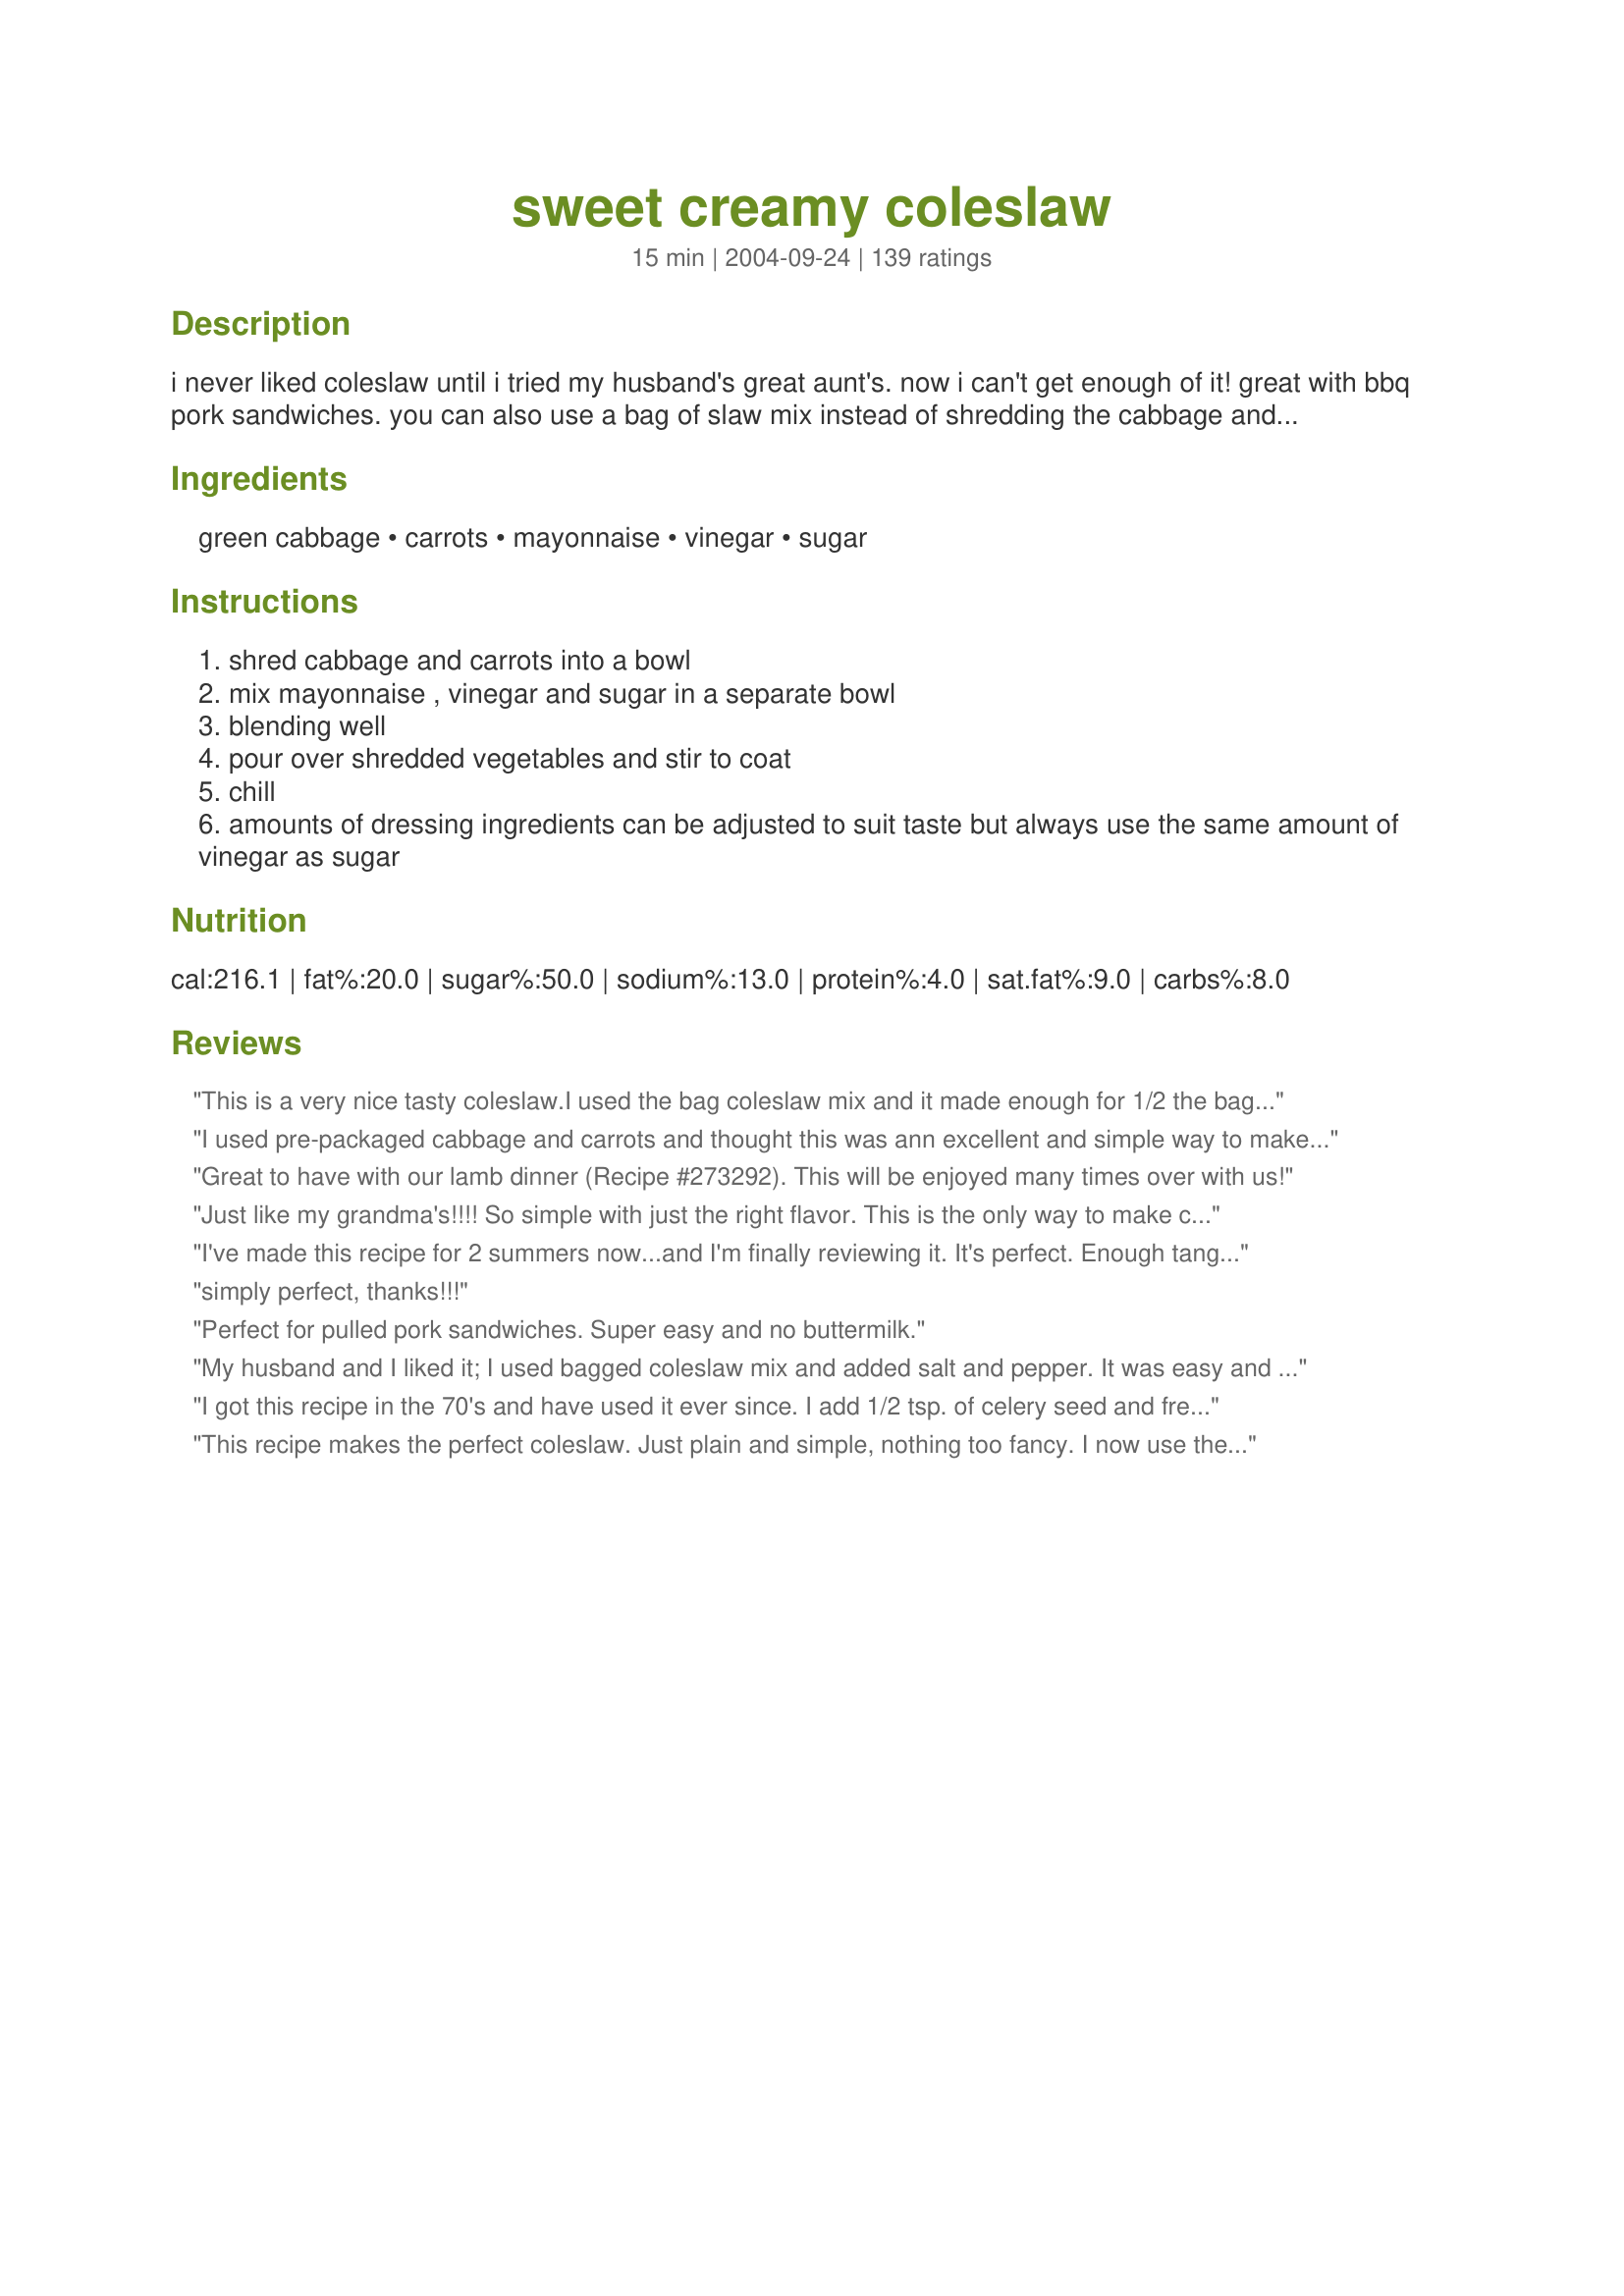
sweet creamy coleslaw
Preparation time: 15 minutes

i never liked coleslaw until i tried my husband's great aunt's. now i can't get enough of it! great with bbq pork sandwiches. you can also use a bag of slaw mix instead of shredding the cabbage and carrots yourself.

Ingredients:
green cabbage, carrots, mayonnaise, vinegar, sugar

Steps:
shred cabbage and carrots into a bowl
mix mayonnaise , vinegar and sugar in a separate bowl
blending well
pour over shredded vegetables and stir to coat
chill
amounts of dressing ingredients can be adjusted to suit taste but always use the same amount of vinegar as sugar

Reviews:
This is a very nice tasty coleslaw.I used the bag coleslaw mix and it made enough for 1/2 the bag,depending on how creamy you want your coleslaw.I also added 1/2 tbsp of lemon juice and a little bit of pepper.Thanks for posting.
I used pre-packaged cabbage and carrots and thought this was ann excellent and simple way to make a tasty coleslaw - will make again! I added some finely minced white onions to the dish as did another reviewer. Yum.
Great to have with our lamb dinner (Recipe #273292). This will be enjoyed many times over with us!
Just like my grandma's!!!! So simple with just the right flavor. This is the only way to make coleslaw!
I've made this recipe for 2 summers now...and I'm finally reviewing it. It's perfect. Enough tang, and not too sweet. Our family gobbles it up. I used 2 heads of cabbage (one green and one red) and no carrots, and it's the perfect blend for our family. Of course, we double the dressing amount. It will be a hit again today at the pot luck we're making it for. Thank you for sharing.
simply perfect, thanks!!!
Perfect for pulled pork sandwiches. Super easy and no buttermilk.
My husband and I liked it; I used bagged coleslaw mix and added salt and pepper. It was easy and will make it again.
I got this recipe in the 70's and have used it ever since. I add 1/2 tsp. of celery seed and fresh ground pepper. Best slaw ever.
This recipe makes the perfect coleslaw. Just plain and simple, nothing too fancy. I now use the dressing for my broccoli salad. It is true, just make sure and keep the sugar and vinegar equal.
Yummy creamy coleslaw. Was perfect with our coneys as a side item and topper for the coneys (for some). I just used the premix slaw mix (was on the lazy side today). Only variance to the recipe was that I added a bit of celery seeds to the dressing. I'll make this quick & easy slaw again! Thanks for sharing!
I love this recipe. Only thing I added was a sprinkle of celery seed. It's so simple but tastes soooo good !!!
This recipe is simple, but perfect. Yes, I will play with it later and add things to it. As it stands it is exactly as I think plain coleslaw should be.

Thank you!
Killer Coleslaw!! Thanks.
Simple recipe with so much flavor. This slaw will go with just about any dish you put beside it! Flavors are great and it was awesome says the whole family!j Thanks!
I made this with half green and half red cabbage. It was delicious!! It turned a lovely shade of pink as it sat marinating in the frig.
I make cole slaw three to four times a week. This Sweet, Creamy Cole Slaw recipe is far superior to cole slaw made with the top brand name slaw dressing I have used for over 30 years. I will never make cole slaw with bottled slaw dressing again. This recipe not only makes the best tasting cole slaw we have ever had, but is very simple to put together. Just perfect! Thanks Marg!
WOW! This is exactly what I remember my Grandmother's cole slaw tasting like. The only thing I did different was to use Spelnda to replace the sugar ( no sugar in the house.) I had ample slaw so I took some to work to share and all " just had to have the recipe." Thanks for sharing this wonderful simple recipe Marg !!
Simple slaw to throw together with really great flavor... I was tempted to add in more vinegar, but refrained until I had tasted the slaw after it had chilled for a few hours. I am glad I waited. It was PERFECT! We topped off some pulled chicken sandwiches with this delicious slaw and my BF even had some as a side. Thanks for a great recipe!!!
I'm honestly not a big coleslaw person, but I made this recipe for a 4th of July work party, and everyone liked it (including me!). It was very tasty, and I'm making it again today. Thanks for sharing!
Loved it and so did my guests. I can't get over how easy it was. I bought a bag of preshredded cabbage and carrots. This took me less than five minutes to make.
This was so easy to make and really really good. My super picky husband who compares everything I cook to mom-in-law's cooking, actually loved it! Thanks for posting!
Thanks, Marg! My DH is a coleslaw connoisseur and this is his favorite slaw recipe. I use half of the wet ingredients for a 16 oz. bag of mix or 1 cabbage head but the hand shredded is definitely better for taste and texture.
This is absolutely delicious! It really compliments your pulled pork recipe. I used the bagged slaw and 3/4 cup of mayo. I could not believe how tasty it was and how easy! I will be making this recipe for cole slaw from now on. Thanks. :)
This was fantastic! So simple and great, fresh taste. Thank you! I wish that I would have found your recipe before the summer season....oh, well....it's now going to be a winter staple!<br/>I added a tablespoon of Honey Dijon.
Nothing could be any easier to prepare nor taste any better. I used half of a bag of Cole Slaw Mix and halved the dressing ingredients and it worked out beautifully. Can't compare it to "the way Big Mama used to make it," because I don't remember Cole Slaw being too much of a staple when I was growing up, but I am certain Big Mama would be pleased to give this five stars, two thumbs up, or whatever. Thanks for a sure-fire way of adding a little zest to informal meals.
I added in some finely chopped fresh broccoli too and it was awesome! This is a keeper at my house!
 let me say my first mistake was,that i only made half. i wished i had made the whole recipe.it was just the right taste i was hoping for.now,i won't have to go to KFC for cole slaw.thank you for posting. — Jul 21, 2005, 1 member found this helpful.UPDATE:i've made this several times since i posted my first review of this back in July 2005 and just gets better each time i make it.to make it quicker i've started to use a bagged cole slaw mix,and i also cut back the mayo to 3/4's of a cup.but otherwise i've kept to the original recipe.thanks again for posting.

So simple and tasty. I used apple cider vinegar and light mayonnaise since that's what I had in the fridge. I also added a dash of salt and a few dashes of celery seeds to add extra flavor for the light mayo. Thanks for posting!!!
I enjoyed this coleslaw recipe. The only thing I added was some sweet pickle relish and a little bit of mustard.I just grew up with my Mom adding those ingredients. Thank you Marg for this recipe.
I had never made fresh coleslaw before and I just can't believe how good it tastes. Plus it is just so easy to make. I have now made it 4 times this month. My son who doesn't like vegetables, loves to eat this coleslaw. This recipe is definitely a keeper. Thank you so much for posting!
Really good, authentic coleslaw flavor. I 'cheated' by using a bag of the coleslaw mix and chopped it (to get that fine-chopped texture). I also added 1 tsp freshly squeezed lemon to the mayo mix. Served on top of pulled pork sandwiches - YUM!
A KEEPER! I have other coleslaw recipes, all of which are more work than this one and not any better tasting. It IS a tad sweet but that's easily remedied with a drop or two more of the vinegar. And it improves with age. What more could one want! Thanks, Marg, for posting.
Sometimes I forget just how good a simple recipe can taste. This was perfect - not slimey, not buried in cream, just a well balanced and tasty 'slaw. Thank you!
This was great and so easy. I used bagged mix and a little less than a cup of mayo (but still used the 2T of sugar and 2T of cider vinegar).
The slaw dressing was very simple to make. My only gripe was that I shredded the cabbage a little too thick... my fault of course. I will be more careful next time!
FINALLY- after 3 tries with cole slaw I find one that we like! This is your average slaw; very basic recipe. But I like it because it's simple and tastes just right! I use soy mayonnaise.
Made this with packaged slaw and fresh grated carrots. This is fabulous!! I used Italian white wine vinegar, splenda blend and miracle whip. This will be my cole slaw recipe from now on.
I have never made coleslaw before...always thought it must be so hard. This is soooooo easy and it is just perfect!!! I used already shredded coleslaw mix and the exact ingrediants you listed. Thanks so much!!!
WOW! I have to say that this was the best coleslaw I have had in ages. I cheated and used store already shredded cabbage. I used half the bag and only used 1Tbs of white vinegar (I don't like vinegar that much)I also added a couple shakes of celery seeds. It was a sweet creamy slaw and one I know I will make again :)
Thanks so much for sharing the recipe!!
Great base with just a few tweaks:
I now use 3/4 c Dukes or Hellmans (Mrs. Filberts west of Mississippi River, I believe) and 1/4 cup canola, safflower, or sunflower oil.

I also add 1-1/2 tsp salt and increase the sugar to 1/4 cup. I also add 2 tsp prepared mustard.

It's now perfect to my family's taste for barbeque or hotdogs/hamburgers (southern style). I also like it as a side with any type of fish.
Okay, now THIS is a good slaw! I usu make slaw with simple O&V, light salt and a generous smattering of toasted sesame seeds. Since I made and LOVE the pulled pork, I thought I'd give this a try -- I was not disappointed! As I grated the carrots, I tossed in a few green onions that were VERY ready to be used. LOVE IT. Don't even want to work on the pulled pork -- I could just tuck into the slaw tonight. Thanks for my new (easy) standard slaw.
Thie recipe makes the perfect batch of cole slaw. My family really enjoyed this one!
i just made my second batch. thank you so much for posting it. Instead of the head of cabbage i used the three color cole slaw mix. i like the larger pieces of cabbage with the carrots. deffinately a keeper
I used an organic green cabbage from our local weekly organic basket, organic red carrots but I did peel them so they were orange, homemade mayonnaise, organic apple cider vinegar,
This is definitely the best coleslaw we ever had. We love it with our fish frys we do. I do use the bag of coleslaw also just to make it easier. It's a keeper!
Easy, tasty, and quick to make. I will add celery salt next time to give it a little more depth.
one word -- AMAZING!
I used coleslaw mix and then used this recipe. I let the slaw sit for about 4 hours so the flavors could mix. We had it along with some fried fish and french fries. It was totally enjoyed by my friends and I, and I will use this recipe from now on because it's awesome!
I really enjoyed this coleslaw recipe, both in taste and in preperation. I did cheat and use a bag of coleslaw mix, with the carrots in. It was very creamy, and took minutes to prepare. Thank you for sharing this recipe.
This is just how we like our coleslaw. I appreciate the tip that the dressing amounts can be adjusted but to keep the ratio of vinegar to sugar at 1:1.
This is great! I've made this 3 times now and it always turns out to be great! I'll keep this simple and tasty recipe handy.
I was wondering if this type of dressing could be used for cole slaw. Now I know. I use this dressing with mustard added for my macaroni salad or for a dip for chicken nuggets.
yumm, yumm, yumm!!! We used the bag of slaw mix instead of shredding the cabbage ourselves, but other than this didn't change a thing. We made this recipe to eat with "My Family's Favorite Sloppy Joes Recipe" #63689. We kept snacking on it before the sloppy joes were even done - it was that good! Thanks for a great recipe we will make often! Update - we have made using a bag of broccoli slaw instead of slaw mix. That was very good as well!
I was also not a coleslaw fan, but was requested to bring one to an early summer BBQ and decided to try making it on my own...I saw your recipe and thought it looked so simple...but WOW the taste is incredible! I have been using apple cider vinegar as I discovered I was out white and didn't want to run to the store,(now I tend to like the tang of that a little more!)- all summer long people have been asking me to bring "my " coleslaw as it is the perfect side dish in the heat! Thanks so much for this recipe!
I really liked this. We had it on pulled pork sandwiches and it was a great compliment. I might like to add a little onion and celery seed. I used half the mayo but kept the vinegar and sugar the same.
As much as this does not need another review...I just have to add my two cents in. This was quite FANTASTIC! I used the bag stuff...mixed together mayo and miracle, seasoned rice vinegar, splenda...and added in 1/2 tsp each of ground mustard and celery seeds. A great base recipe that you can spice to your own taste! I will never buy the bottle again! Thanks!! UPDATE: Made this again last night with parmesan tilapia...added in dill and lemon pepper instead of the previous spices. A winner all the way around!
This was fantastic. I also used a bagged coleslaw mix I just left it as it was. Mixed the dressing exactly as posted. My family loved it!! So easy just my kinda think. Thanks for posting.
I have to agree with all the other reviews, wonderful taste and so very easy to put together. :)
I made this coleslaw with my new food processor! So easy and tastes great!! I will increase vinegar and sugar next time. My family will enjoy this often. Thanks a bunch! :)
Perfection, I made this for hubby to take on work trip. He said the guys thought it was great.thank you....Stephanie
I love that this doesn't have milk or buttermilk. It was so delicious and easy to make. A great way to use cabbage. Highly recommended.
Enough said about this from other posters, but I do agree, it's awesome! I bet raisins/craisins would be a great addition to this too and maybe some pistachios or sunflower seeds
This couldn't get easier, and this is by far my favorite coleslaw ever! The quantity of dressing was perfect for the recipe (I used half head of green and half head of red). I chopped the cabbage instead of shredding it because we prefer it that way. This is the only coleslaw recipe I need.. thanks Marg!
Wonderful! Keep eating it straight from the bowl on its own!
Just wanted to add, I didn't have time to make this the other day so bought some from the store. It was awful! I've learnt my lesson, if I can't make this I'll do without!
I put some orange peppers in my bullet along with the sugar, vinegar &amp; mayo. I LOVE peppers in my coleslaw.
I really enjoyed this coleslaw recipe, both in taste and in preperation. I used a bag of coleslaw mix. It was very creamy, and took minutes to prepare. Thank you for sharing this recipe.
Very good, very basic.
There are other great coleslaw recipes on here, but I just love this one! I have made it several times now and look forward to having it again for Easter. My family will love this as much as I do!
Excellent! I made as directed, very easy. Crisp and tangy. Will definitely make again. Thanks Marg!
Just the right mix of ingredients. It's my default coleslaw recipe.
WOW is that delicious!!!!
I am a slaw lover and could eat it every day.
I to cut back on the dressing to 2/3 cup but kept the vinegar and splenda to 2T each.
Five stars for sure and then some.
I have tried many coleslaw recipes and this is it! My husband even favors this one. I do cut back on the mayo a little and use prepackaged cabbage mix. It makes it so fast and easy. Thanks!
I also use bagged shredded cole slaw mix with this recipe; I
add 3/4 tsp. of celery seed to mine. Great recipe.
I found my favorite baked beans recipe, Recipe #218828, and I have now found my favorite coleslaw recipe too! I have made this several times now and each time I get compliments on it. I have decided to use this recipe when I have catering and competition events as it is the perfect blend of sweetness and tartness!
This is a great, easy recipe. It tastes really good and gets better the next couple of days after it is made (if it lasts that long!). I used light mayo and the bag slaw mix. Even my husband said it was really good - high praises from him. I will make this recipe again and again. It's a keeper.
I have made this a few times already and it is now my turn to recipe for coleslaw! Perfect balance of sweet, tart & creamy!
Wow.....this is just so easy.....and tasts SO WONDERFUL! I used the bagged type of ready made coleslaw from Costco. The only problem is it is shredded too large. So I put it into my food processor and pulsed it a few times to make it a smaller shred. Then added a bit more vinegar....used apple cider vinegar and less mayo. GREAT!!!
Yum!! This is the easiest, best tasting coleslaw I have tried. The other recipes call for so many ingredients and don't even taste as good as this simple recipe. Thank you so much Marg!
Well,cole slaw is one af my very favorite foods and I love making different ones.,but this is soooooo good ,i may never use another coleslaw recipe.A winner and a keeper.Thanks for posting.
A nice easy and simple slaw recipe. I took a previous reviewer's suggestion of adding celery seed. Thanks for sharing Marg!
Easy to make - wonderful flavor - will make again
I made this an hour ago for dinner tonight. I had to give it a test run tho, so just sampled it. This is now my new coleslaw recipe!! I cut down on the vinegar by half & used Splenda & it is just wonderful. Thanks for a great, fast, simple recipe Marg!!
SammiCat
I added a small can of crushed pineapple and served this with my Caribbean meal, delicious! Thanks.
So simple and the flavor is that of your typical coleslaw. There's not too much of this or that. I made it with RZ Recipe: Sloppy Joe Recipe #63689.
I'd bought a bag of coleslaw mix, but hadn't used it yet, so I tried this before it got slimy. I'm glad I did! This is the best coleslaw I've ever made. I love cabbage in any form, but this is easily the best. DH polished off the batch for a midnight snack and has demanded more. Too good and too easy. Who'd have thunk?
When I want a simple coleslaw this is perfect. The flavor is marvelous and using a bag of coleslaw mix couldn't make it any easier. I do add salt and pepper. I do prefer this just after it's made though because the cabbage tends to get soggy as it sits and I like it crunchy. Thanks for this easy keeper go to recipe.
This is very much the same as the one I get raves about..sometimes I get lazy and just buy coleslaw dressing..and I always add a Macintosh apple cut in chunks (peel on)..It is a great summer recipe.
All I can is "WOW" this is one good coleslaw!!! I made it to take to a cookout tomorrow and I'm thinkin it's not going to make it there-I just can't stop eating it. I will never buy the store mix again. This was so easy to make (I used the bagged mix) and the taste is incredible. Thanks for sharing this Marg. Update: Made this for my sister to put on hot Italian Sausages and my whole family loved it. She had everyone eating it-thanks again Marg
This is just like the slaw my mother used to make except I cut the amount of vinegar almost in half and added celery seed. Thanks for posting a recipe I will be using often.
YUM! This was exactly what I was looking for and the name says it all! This was creamy, not runny.. a little sweet but not too sweet, either. Perfect! Will always use this recipe THANKS!
Great flavor. I used a 10 oz. package of cole slaw mix, and it was too much dressing. Next time will halve the recipe.
Super easy and very tasty! I used white wine vinegar and added a bit of celery seed. Next time, I might add some chopped sweet onion also.
You can't buy deli coleslaw again after preparing and eating this! It is too easy and too good, and of course open to interpretation and experimentation. My kids ate it without complaining; one had seconds. The entire bag of premade slaw was gone, just w/2 adults and 4 small kids!
I made this today to go with Marinated steak and baked potatoes...Super duper slaw!!!!!!!!
YUM! Didn't even chill it, just put it right on top of the pulled pork shoulder!!
Thanks!
This is so easy to make and really good!! I like that it is just the right amount of dressing for a good size head of cabbage and 2 carrots. I don't like when slaw is drowning in dressing, it takes away the crunch and the taste so this is definitely a keeper for good, crisp, delicious coleslaw.
Thanks!!!!
WORDERFUL, this has to be the easiest recipe, and the flavor is so good.
I make coleslaw for many a meal, and this is one of the best, and was so enjoyed by everyone at the table. The blend of sweetness/tartness is right on, and it will be used often! Thanks for sharing!
Wanted a no-fuss coleslaw recipe and this is it. Halved the recipe as we are only two adults and a toddler. Used apple cider vinegar and added some ground pepper and a tablespoon of finely chopped red onion for a little variation. Yummy!
I really enjoyed this recipe. It was easy to make and delicious to eat. Thanks for sharing.
this is in my opinion the best coleslaw by far! my mom taught me this recipe with the addition of 1/2 an onion finely diced. it gives it a nice "zing". i've used red cabbage before too-also good. we always top it off with salt and pepper. this is Great with fish and chips!!! 5 stars for easiness, expense, and most importantly taste!
Simple and Awesome!!
Thanks
This was really good, quick and easy. I used 1/3 head each green and purple cabbage and 3 shredded carrots. Threw them all in the Food processor and the mix of colours was nice. Added raisins like I always do to creamy cole slaw and it was ready in a snap. I added a bit more sugar/vinegar combination for our tastes. Will definitely make this again!
We loved this...I used the broccoli slaw mix, used brown sugar and added some toasted almonds. Wonderful!
Elaine
Easy to prepare. Used red wine vinegar for vinegar and a quantity of 2 carrots. Thanks for the recipe!
This turned out well. I used 4 carrots. Used the food processor to shred everything. My husband came behind me and added some cider vinegar, so I don't know how it would have tasted in it's original form. Maybe next time I will just use the cider vinegar alone. There is nothing fancy about this - it is just simple and easy (and inexpensive).
After trying a few of the other most popular recipes for coleslaw, this is the one that works for me. Not too rich or overwhelming -- just right. I did take into consideration the others' input and cut back on the sugar by half. Other than that, I wouldn't change a thing. Thanks for the recipe. Much appreciated!
Finally found a yummy simple and rapid recipe for coleslaw.... This dish has been added to my cookbook .I will make it over & over just because it made everyone HAPPY!!!HAPPY!!!
Very Good! I had added some celery seed and chopped green peppers. It was a big hit! Thanks!
Best coleslaw recipe I have ever tasted. Thanks for sharing!
Quick, easy to prepare and this is one coleslaw that we ate till it was gone! Excellent slaw Marg! Cindy
Great with Splenda!
I make my coleslaw just like this, only I use the ready-made bags, to save time. This recipe makes a really tasty slaw, that everyone will enjoy! Thanks for sharing with us Marg... I included it in my Sunday Dinner Menu that I just posted, because it is just like mine!
Delicious coleslaw that I made for our Easter dinner. Great taste and one that everyone enjoyed very much! I used 2 pkts. of Splenda in place of the sugar but other than that made as the recipe instructed. We will be making this again I'm sure.
Hands down the best testing and simplest coleslaw dressing I've found! No need for any other recipe. This one's perfect!
Great recipe. Tastes good and looks pretty too!
My husband loved it, and so did I!!!
I loved this coleslaw, it's so easy to make and tastes delicious. I used a bag coleslaw mix to make it super easy. I added a little salt and pepper.
Just loved this stuff! Perfect amount of sweet/tartness for us! Thank you!
I usually can't stand coleslaw but I love this. My brother requests it every time he comes home from college.
This was my first time making coleslaw and it turned out wonderful. I wasn't so sure at first, but once it sat in the frig overnight, yummy. I think that made a big difference in taste. Thank you for such a easy recipe I'll be making again.
delicious!
we made this over the weekend and it was great by far the best cole slaw i have ever had we didnt make the whole main ingredient though we bot the cole slaw mix but it was still great
To Die For!! This recipe reminds me alot of KFC slaw, which is the best I've had yet. I made this last night so that it would have time to set overnight. I could barely leave it alone!! I think its a good thing that I made a double batch. :) Thanks so much for this simple yet oh-so-delish recipe! It's definitely a keeper
Had this yesterday with a pig sandwich! So delicious and so easy. I agree with a previous reviewer - I would recommend that you make this the day before and chill overnight. Thanks for the recipe!
I used the bagged slaw and followed the recipe exactly. It was quite bland for me. I added celery seeds later, and it's still bland. Sorry, Marg. I had really hoped this would be one I liked.

Maybe I just need a little more vinegar.
Very simple to make and loved the great flavor tastes so much better after chilling for a while.
So good and so easy.
Awesome. I couldn't believe that something so simple and easy could be so darn good. My husband, who claims to not like coleslaw, had two helpings! Thanks!
This was a delicious, easy recipe. I added about 1/4 teaspoon of garlic powder and about 1/2 teaspoon of black pepper to the dressing. I would also suggest that you make it ahead of time and let it sit as long as possible before serving so that the flavors meld more.
Yum!
Excellent recipe! I loved it! But I made one change. I used half mayonnaise and half greek yogurt, in order to reduce the calories. Wordeful! I used it in a cheese sandwich as a salad and as a side dish to a baked chicken, Its going to a regular from now on! Thanks so much, for posting!
Very lovely and easy to make coleslaw. thank you so much for the wonderful recipe!
I've been searching for the perfect cole slaw and this is almost it. I think that if I upped the vinegar/sugar by 50% it would be just what I am looking for. Next time. But for my money, this is a fabulous classic cole slaw.
Not much to say that others haven't already said previously, but I will add my 2 cents worth and just say "crunchy, fresh and delicious"!
I love the crunch in coleslaw and this one was excellent in crunch and flavor! I did add some celery seed then made the same.
For being such a simple recipe, this is simply delicious! I used a bag of the finely shredded coleslaw mix, low-fat Hellman's mayo and Splenda, and added some finely minced onions and slivered red and green bell peppers for a little more color.I also just added the dressing ingredients directly to the coleslaw mixture and mixed well.Quicker and one less bowl to wash!!This will definitely go into my keeper file- thanks!
I added in some celery seed, but other than that made just like this, as it is the same as my recipe! I used Splenda and you would never know the difference. The family loved it too! Thank you!
